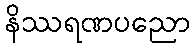
နိဿရဏပညော